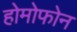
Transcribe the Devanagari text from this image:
होमोफोन